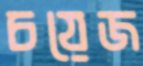
চয়েজ